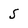
Character: s